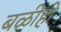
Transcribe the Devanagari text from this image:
बळीही